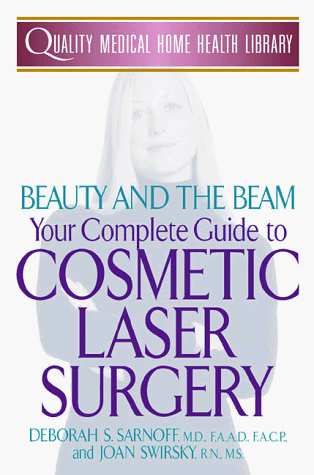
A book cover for Beauty and the Beam: Your Complete Guide to Cosmetic Laser Surgery (Quality Medical Home Health Library); Joan Swirsky; Health, Fitness & Dieting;